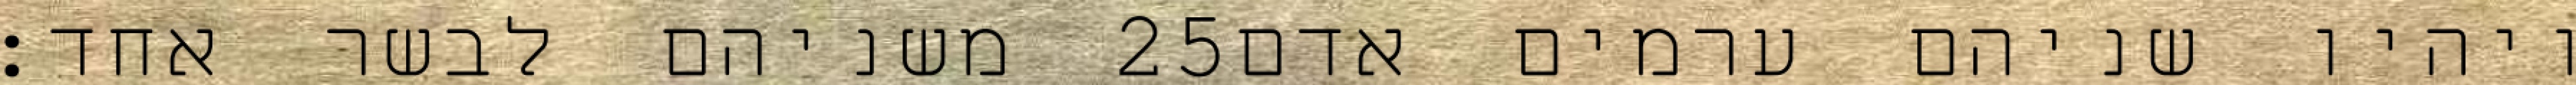
משניהם לבשר אחד׃ ‎25‏ ויהיו שניהם ערמים אדם